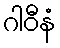
ဂါဝီနံ